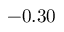
- 0 . 3 0